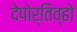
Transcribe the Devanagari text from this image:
देपोर्तिव्हो